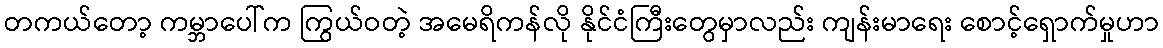
တကယ်တော့ ကမ္ဘာပေါ်က ကြွယ်ဝတဲ့ အမေရိကန်လို နိုင်ငံကြီးတွေမှာလည်း ကျန်းမာရေး စောင့်ရှောက်မှုဟာ